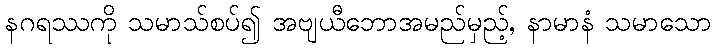
နဂရဿကို သမာသ်စပ်၍ အဗျယီဘောအမည်မှည့်, နာမာနံ သမာသော